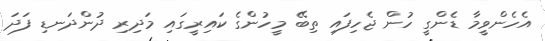
އެހެންވީމާ ޑެންގީ ހުން ޖެހިފައި ތިބޭ މީހުންގެ ކައިރީގައި މަދިރި ދުންދަނޑި ފަދަ